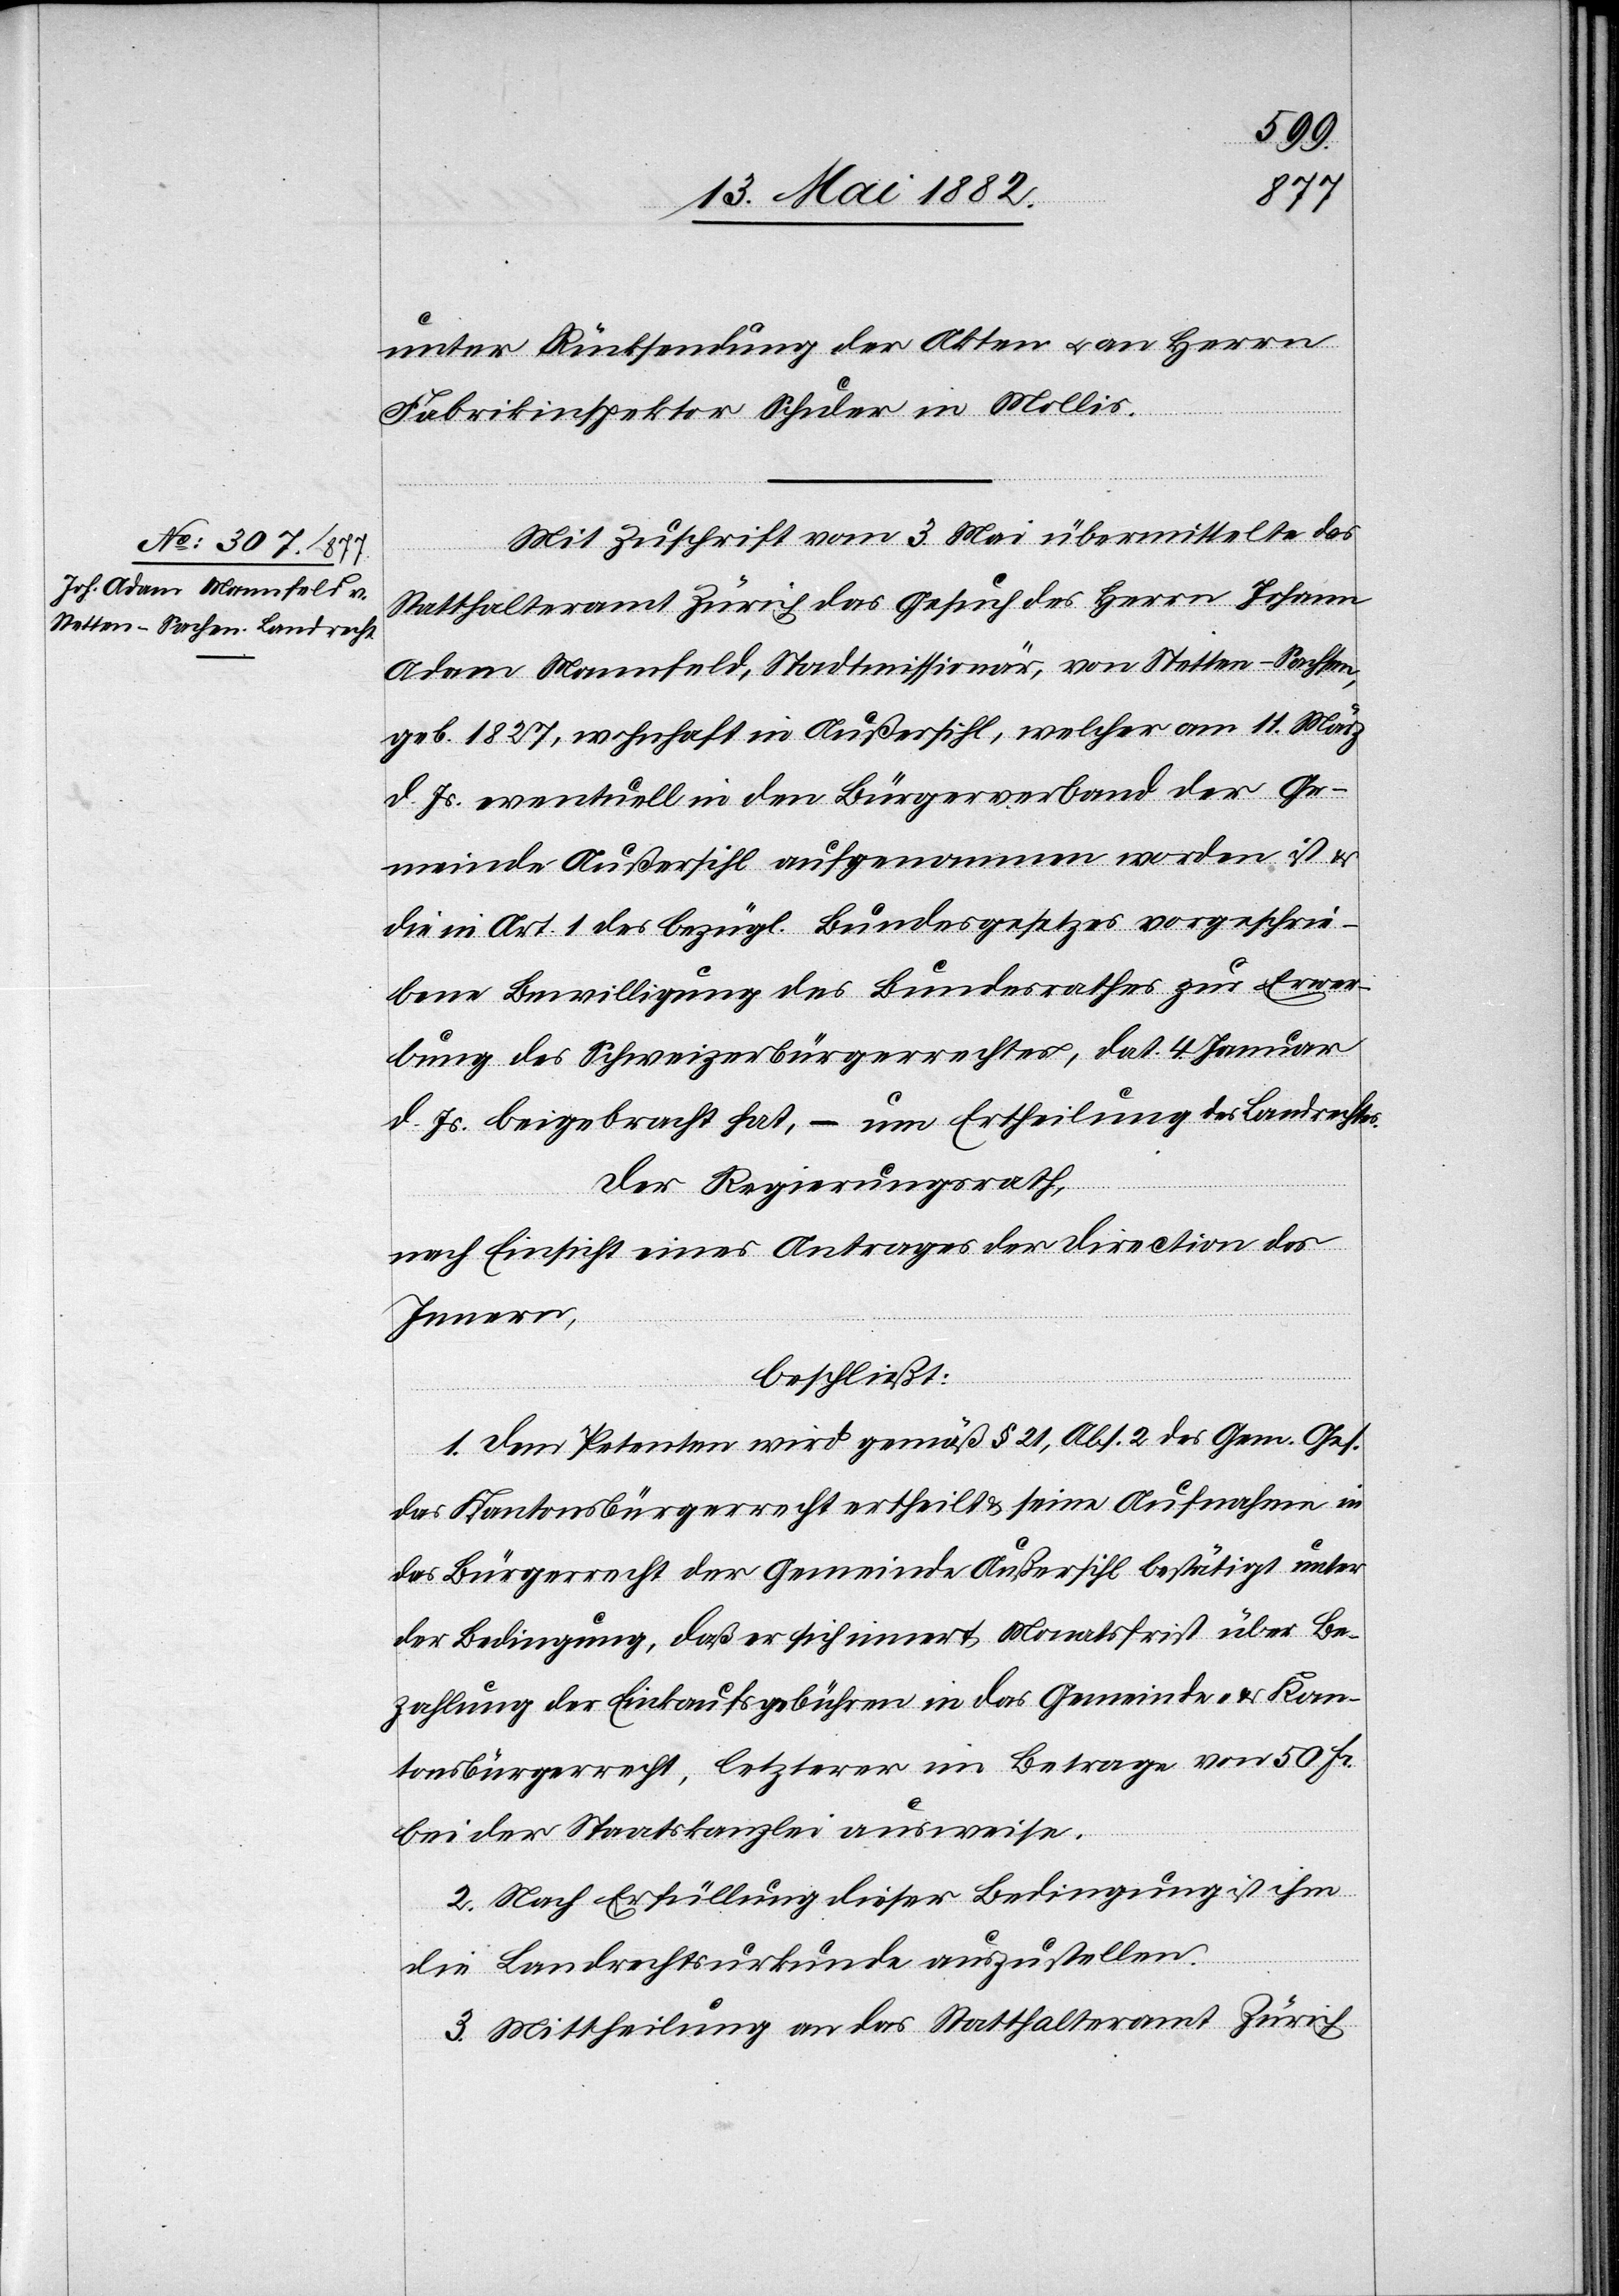
unter Rücksendung der Akten u. an Herrn
Fabrikinspektor Schuler in Mollis.
Mit Zuschrift vom 3. Mai übermittelte das
Statthalteramt Zürich das Gesuch des Herrn Johann
Adam Mannfeld, Stadtmissionär, von Stetten - Sachsen,
geb. 1827, wohnhaft in Außersihl, welcher am 11. März
d. Js. eventuell in den Bürgerverband der Ge¬
meinde Außersihl aufgenommen worden ist
die in Art. 1 des bezügl. Bundesgesetzes vorgeschrie¬
bene Bewilligung des Bundesrathes zur Erwer¬
bung des Schweizerbürgerrechtes, dat. 4. Januar
d Js. beigebracht hat, – um Ertheilung des Landrechtes.
Der Regierungsrath,
nach Einsicht eines Antrages der Direction des
Innern,
beschließt:
1. Dem Petenten wird gemäß § 21, Abs. 2 des Gem. Ges.
das Kantonsbürgerrecht ertheilt & seine Aufnahme in
das Bürgerrecht der Gemeinde Außersihl bestätigt unter
der Bedingung, daß er sich innert Monatsfrist über Be¬
zahlung der Einkaufsgebühren in das Gemeinde- & Kan¬
tonsbürgerrecht, letzterer im Betrage von 50 Fr.
bei der Staatskanzlei ausweise.
2. Nach Erfüllung dieser Bedingung ist ihm
die Landrechtsurkunde auszustellen.
3. Mittheilung an das Statthalteramt Zürich